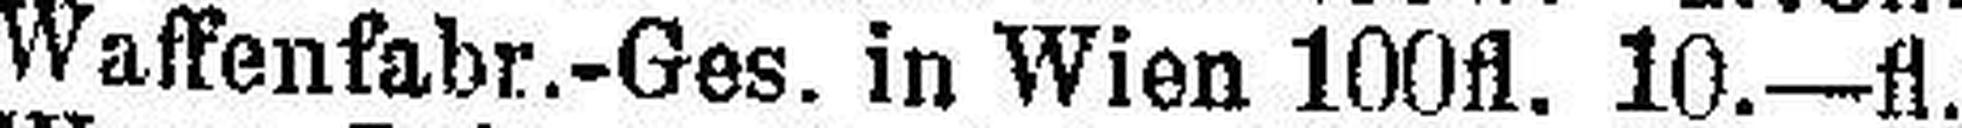
Waffenfabr.-Ges. in Wien 100fl. 10.—fl.